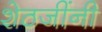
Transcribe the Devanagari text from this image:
शेठजींनी